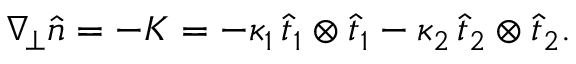
\begin{array} { r } { \nabla _ { \! \bot } \widehat { n } = - K = - \kappa _ { 1 } \, \widehat { t } _ { 1 } \otimes \widehat { t } _ { 1 } - \kappa _ { 2 } \, \widehat { t } _ { 2 } \otimes \widehat { t } _ { 2 } . } \end{array}